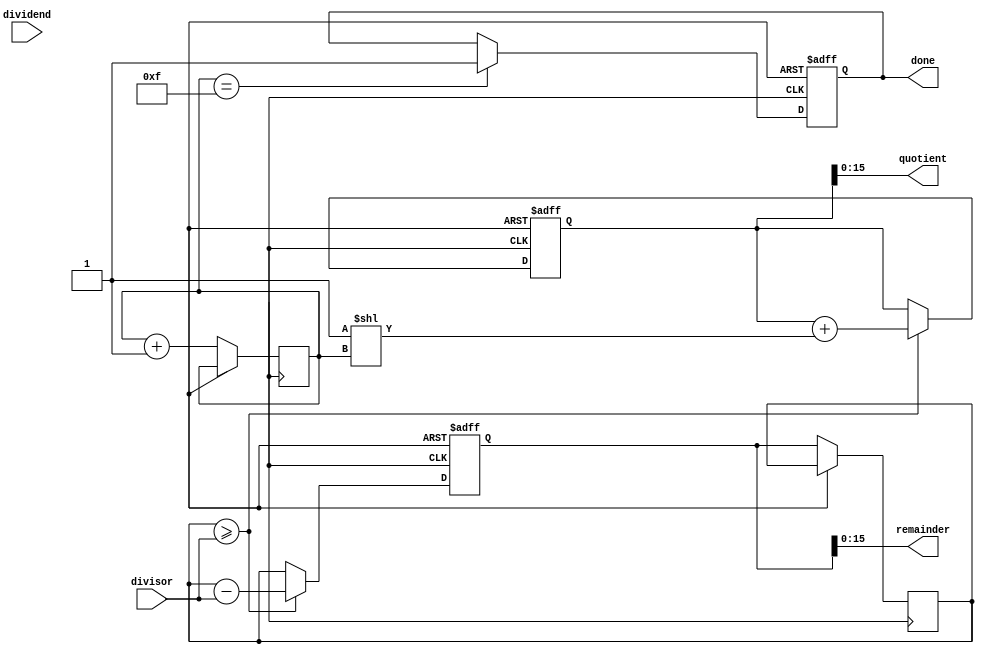
module radix2_srt_divider (
    input wire [15:0] dividend,
    input wire [15:0] divisor,
    output reg [15:0] quotient,
    output reg [15:0] remainder,
    output reg done
);

reg [31:0] A, B, Q, R, temp;
reg [3:0] cnt;

always @ (posedge clk or posedge reset) begin
    if (reset) begin
        A <= 0;
        B <= 0;
        Q <= 0;
        R <= 0;
        ounter <= 0;
        done <= 0;
    end else begin
        temp <= {A, R};
        if (temp >= divisor) begin
            {A, R} <= temp - divisor;
            Q <= Q + (1 << cnt);
        end else begin
            {A, R} <= temp;
        end
        A <= A << 1;
        
        cnt <= cnt + 1;
        if (cnt == 15) begin
            done <= 1;
        end
    end
end

assign quotient = Q;
assign remainder = R;

endmodule